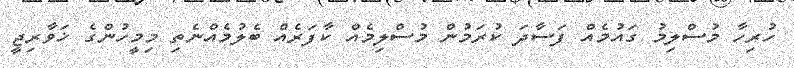
ހުރިހާ މުސްލިމު ގައުމެއް ފަސާދަ ކުރަމުން މުސްލިމެއް ކާފަރެއް ބެލުމެއްނެތި މިމީހުންގެ ޚަވާރިޖީ